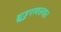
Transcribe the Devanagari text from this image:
झुडुपस्वरूपात